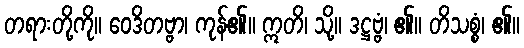
တရားတို့ကို။ ဝေဒိတဗ္ဗာ၊ ကုန်၏။ ဣတိ၊ သို့။ ဒဋ္ဌဗ္ဗံ၊ ၏။ တိသစ္စံ၊ ၏။